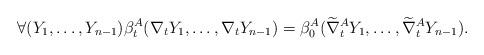
LaTeX: \begin{align*}\forall (Y_1,\dots, Y_{n-1}) \beta_t^A(\nabla_tY_1,\dots,\nabla_tY_{n-1}) = \beta_0^A(\widetilde{\nabla}_t^AY_1,\dots,\widetilde{\nabla}_t^AY_{n-1}) .\end{align*}